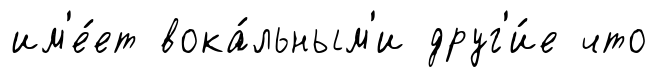
им'е́ет вока́льным'и друг'и́е что